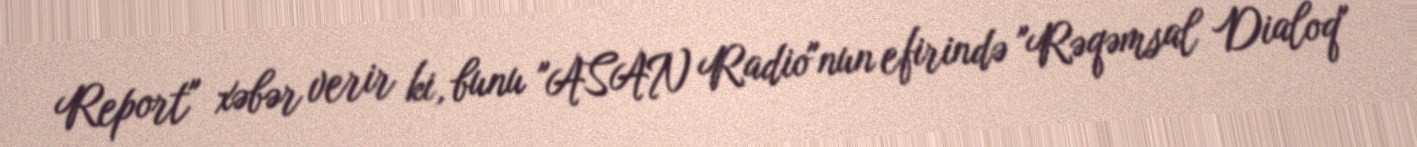
Report" xəbər verir ki, bunu "ASAN Radio"nun efirində "Rəqəmsal Dialoq"